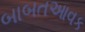
બાબતઆવક